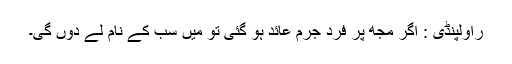
راولپنڈی : اگر مجھ پر فرد جُرم عائد ہو گئی تو میں سب کے نام لے دوں گی۔